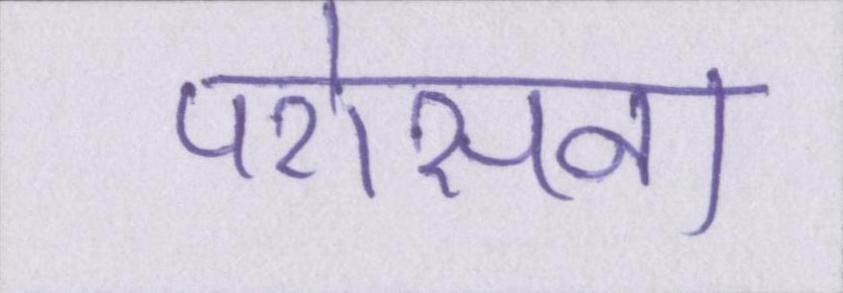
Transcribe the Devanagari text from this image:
परोसना